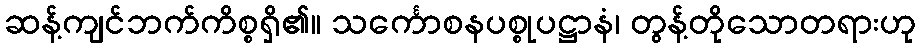
ဆန့်ကျင်ဘက်ကိစ္စရှိ၏။ သင်္ကောစနပစ္စုပဋ္ဌာနံ၊ တွန့်တိုသောတရားဟု